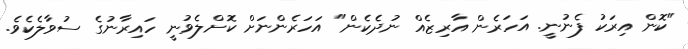
"ކޮން އިރަކު ފެނުނީ. އަހަރެން އާރިޒެއް ނުދެކެން" އަހަރެންނަށް ކޮށްލެވުނީ ހައިރާނުގެ ސުވާލެކެވެ.